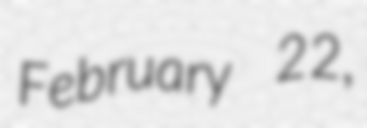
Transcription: February 22,